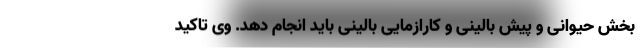
بخش حیوانی و پیش بالینی و کارازمایی بالینی باید انجام دهد. وی تاکید